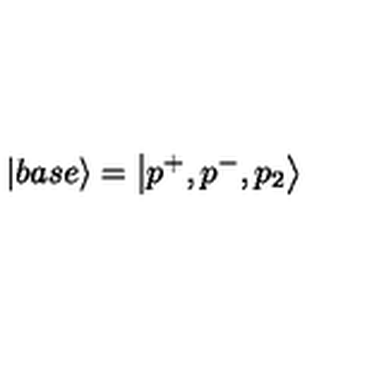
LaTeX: \left| b a s e \right\rangle = \left| p ^ { + } , p ^ { - } , p _ { 2 } \right\rangle